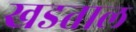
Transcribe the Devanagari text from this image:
खडताल